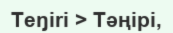
Teŋіri > Тәңірі,